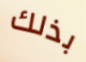
بذلك